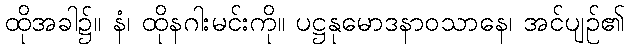
ထိုအခါ၌။ နံ၊ ထိုနဂါးမင်းကို။ ပဋ္ဌနုမောဒနာဝသာနေ၊ အင်ပျဉ်၏